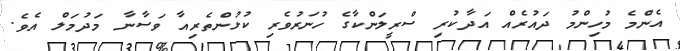
އެންމެ މުހިންމު ދައުރެއް އަދާކުރި ސްރީލަންކާގެ ހުނަރުވެރި ކުޅުންތެރިއާ ވަސާނާ މަދުމަލް އެވެ.